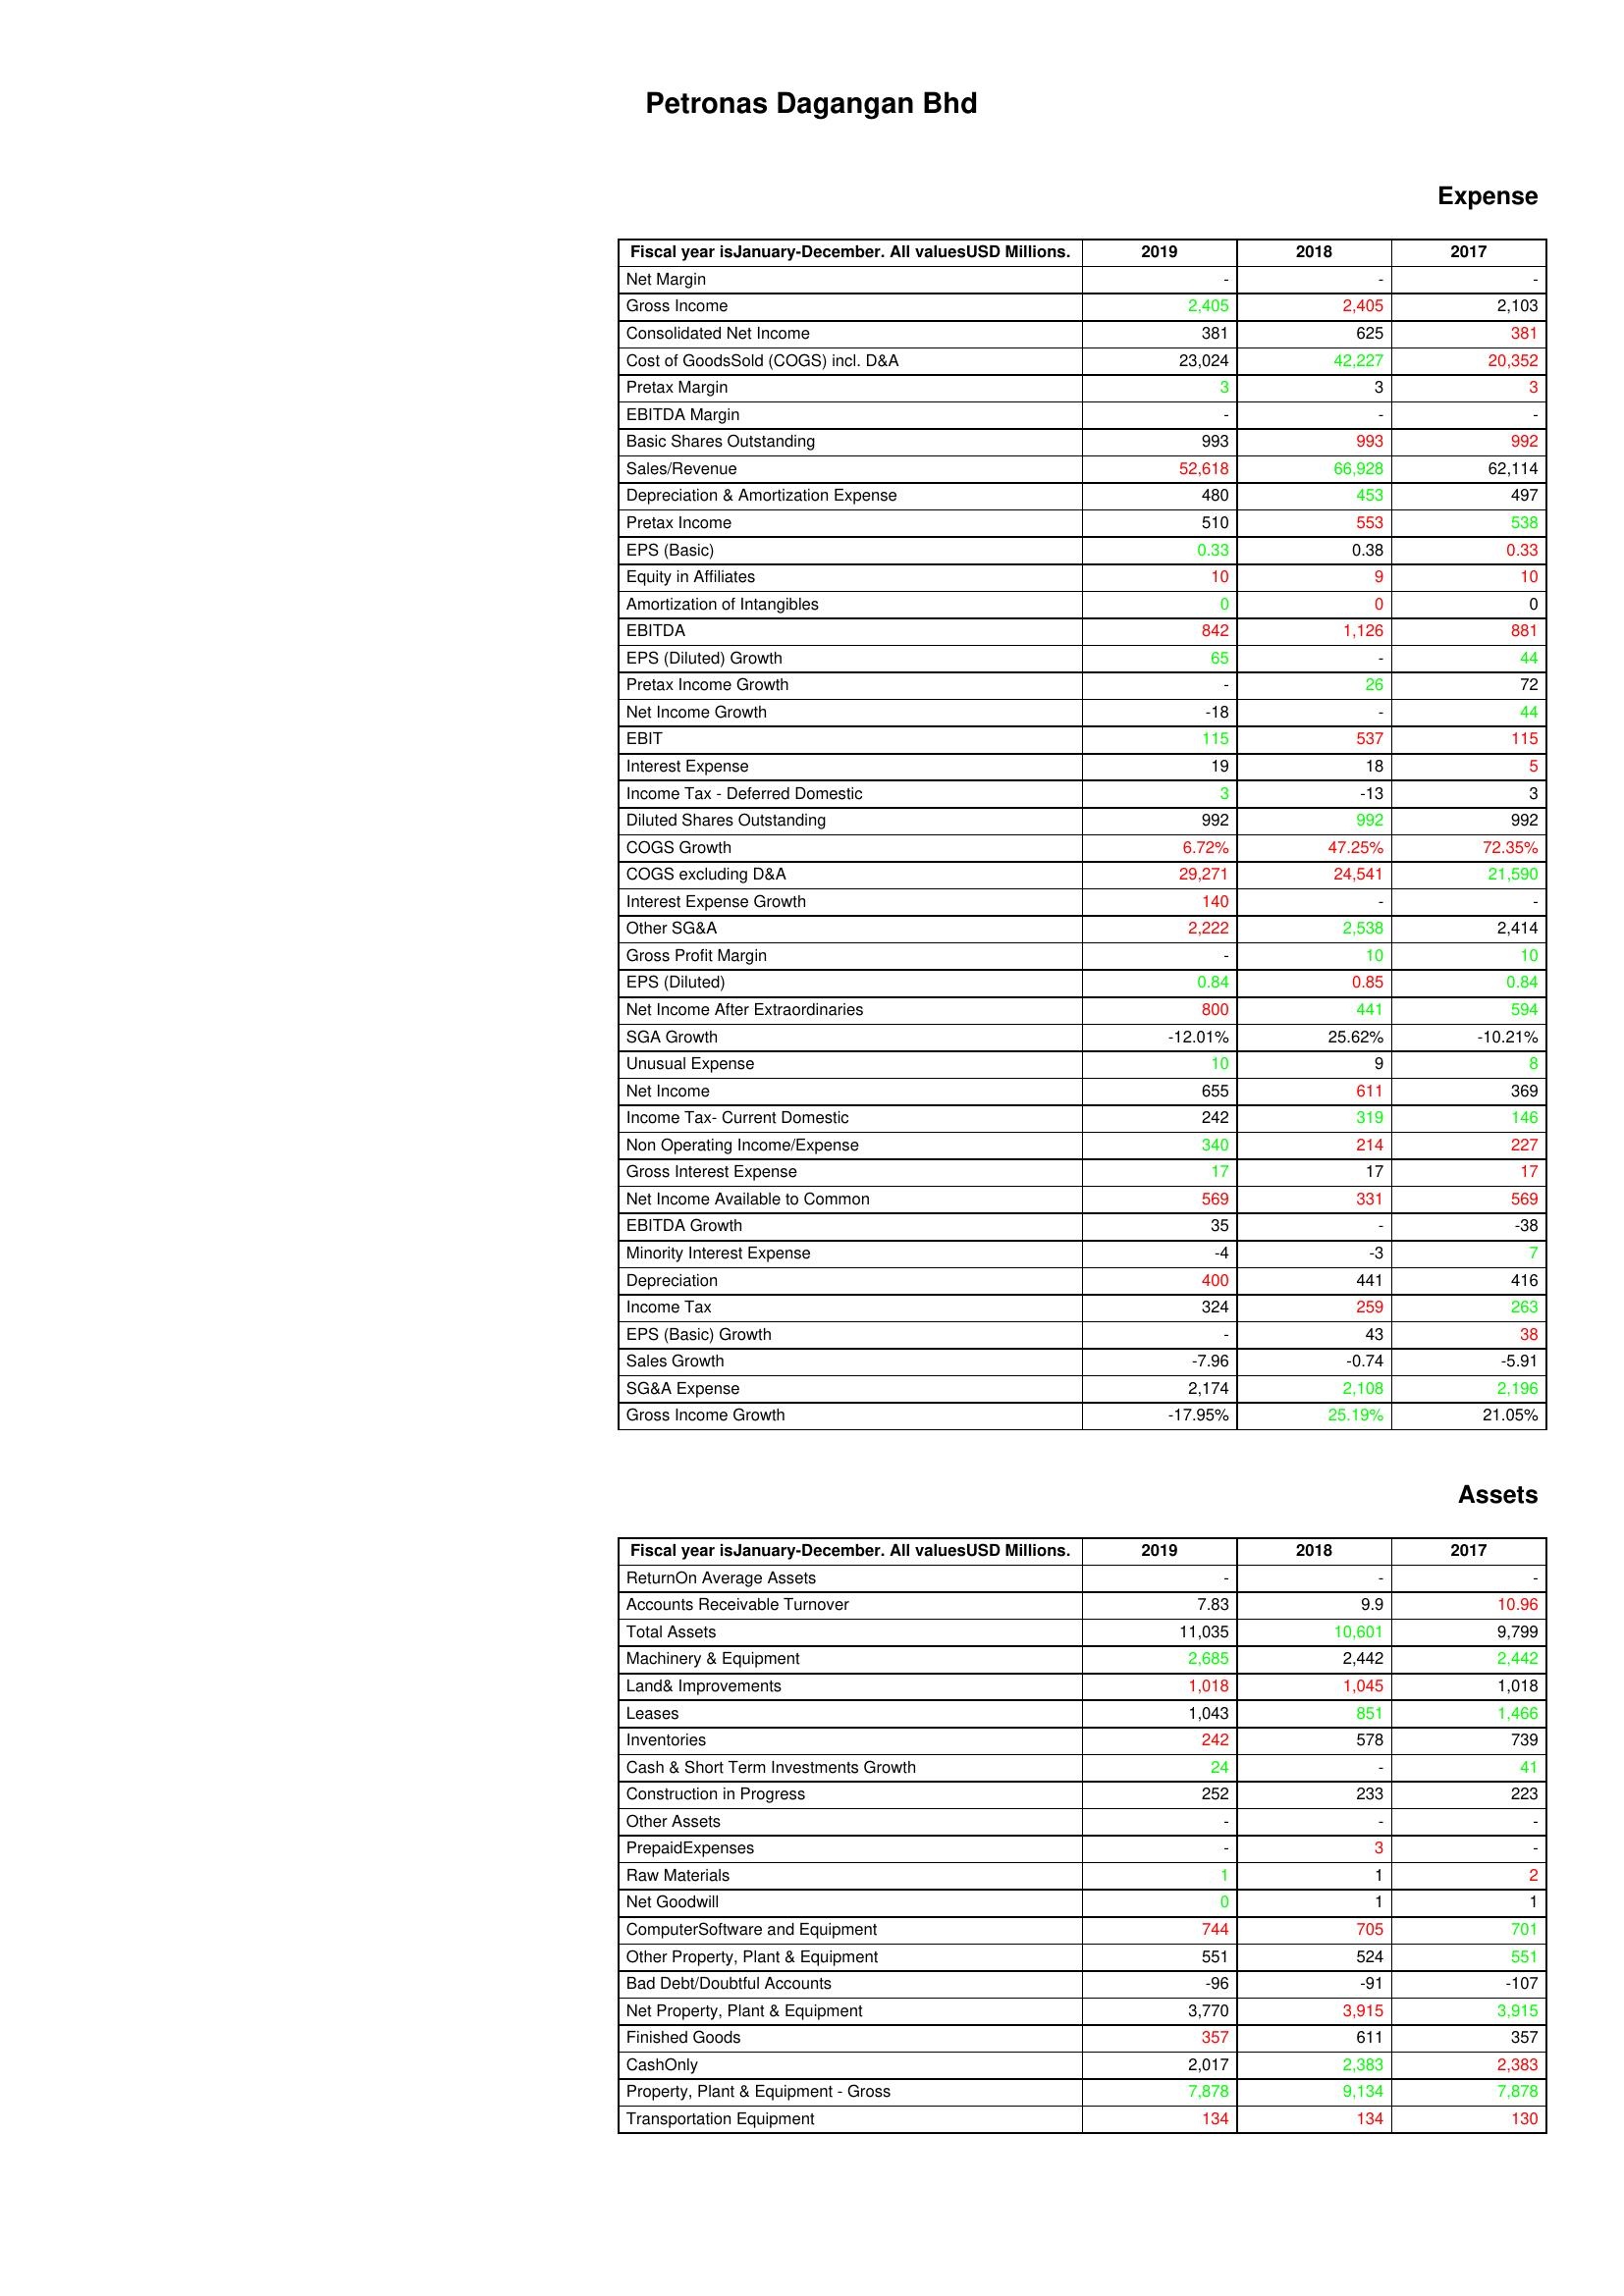
gt_parse: 2019: Expense: Net Margin: -
Gross Income: 2,405
Consolidated Net Income: 381
Cost of GoodsSold (COGS) incl. D&A: 23,024
Pretax Margin: 3
EBITDA Margin: -
Basic Shares Outstanding: 993
Sales/Revenue: 52,618
Depreciation & Amortization Expense: 480
Pretax Income: 510
EPS (Basic): 0.33
Equity in Affiliates: 10
Amortization of Intangibles: 0
EBITDA: 842
EPS (Diluted) Growth: 65
Pretax Income Growth: -
Net Income Growth: -18
EBIT: 115
Interest Expense: 19
Income Tax - Deferred Domestic: 3
Diluted Shares Outstanding: 992
COGS Growth: 6.72%
COGS excluding D&A: 29,271
Interest Expense Growth: 140
Other SG&A: 2,222
Gross Profit Margin: -
EPS (Diluted): 0.84
Net Income After Extraordinaries: 800
SGA Growth: -12.01%
Unusual Expense: 10
Net Income: 655
Income Tax- Current Domestic: 242
Non Operating Income/Expense: 340
Gross Interest Expense: 17
Net Income Available to Common: 569
EBITDA Growth: 35
Minority Interest Expense: -4
Depreciation: 400
Income Tax: 324
EPS (Basic) Growth: -
Sales Growth: -7.96
SG&A Expense: 2,174
Gross Income Growth: -17.95%
Assets: ReturnOn Average Assets: -
Accounts Receivable Turnover: 7.83
Total Assets: 11,035
Machinery & Equipment: 2,685
Land& Improvements: 1,018
Leases: 1,043
Inventories: 242
Cash & Short Term Investments Growth: 24
Construction in Progress: 252
Other Assets: -
PrepaidExpenses: -
Raw Materials: 1
Net Goodwill: 0
ComputerSoftware and Equipment: 744
Other Property, Plant & Equipment: 551
Bad Debt/Doubtful Accounts: -96
Net Property, Plant & Equipment: 3,770
Finished Goods: 357
CashOnly: 2,017
Property, Plant & Equipment - Gross : 7,878
Transportation Equipment: 134
2018: Expense: Net Margin: -
Gross Income: 2,405
Consolidated Net Income: 625
Cost of GoodsSold (COGS) incl. D&A: 42,227
Pretax Margin: 3
EBITDA Margin: -
Basic Shares Outstanding: 993
Sales/Revenue: 66,928
Depreciation & Amortization Expense: 453
Pretax Income: 553
EPS (Basic): 0.38
Equity in Affiliates: 9
Amortization of Intangibles: 0
EBITDA: 1,126
EPS (Diluted) Growth: -
Pretax Income Growth: 26
Net Income Growth: -
EBIT: 537
Interest Expense: 18
Income Tax - Deferred Domestic: -13
Diluted Shares Outstanding: 992
COGS Growth: 47.25%
COGS excluding D&A: 24,541
Interest Expense Growth: -
Other SG&A: 2,538
Gross Profit Margin: 10
EPS (Diluted): 0.85
Net Income After Extraordinaries: 441
SGA Growth: 25.62%
Unusual Expense: 9
Net Income: 611
Income Tax- Current Domestic: 319
Non Operating Income/Expense: 214
Gross Interest Expense: 17
Net Income Available to Common: 331
EBITDA Growth: -
Minority Interest Expense: -3
Depreciation: 441
Income Tax: 259
EPS (Basic) Growth: 43
Sales Growth: -0.74
SG&A Expense: 2,108
Gross Income Growth: 25.19%
Assets: ReturnOn Average Assets: -
Accounts Receivable Turnover: 9.9
Total Assets: 10,601
Machinery & Equipment: 2,442
Land& Improvements: 1,045
Leases: 851
Inventories: 578
Cash & Short Term Investments Growth: -
Construction in Progress: 233
Other Assets: -
PrepaidExpenses: 3
Raw Materials: 1
Net Goodwill: 1
ComputerSoftware and Equipment: 705
Other Property, Plant & Equipment: 524
Bad Debt/Doubtful Accounts: -91
Net Property, Plant & Equipment: 3,915
Finished Goods: 611
CashOnly: 2,383
Property, Plant & Equipment - Gross : 9,134
Transportation Equipment: 134
2017: Expense: Net Margin: -
Gross Income: 2,103
Consolidated Net Income: 381
Cost of GoodsSold (COGS) incl. D&A: 20,352
Pretax Margin: 3
EBITDA Margin: -
Basic Shares Outstanding: 992
Sales/Revenue: 62,114
Depreciation & Amortization Expense: 497
Pretax Income: 538
EPS (Basic): 0.33
Equity in Affiliates: 10
Amortization of Intangibles: 0
EBITDA: 881
EPS (Diluted) Growth: 44
Pretax Income Growth: 72
Net Income Growth: 44
EBIT: 115
Interest Expense: 5
Income Tax - Deferred Domestic: 3
Diluted Shares Outstanding: 992
COGS Growth: 72.35%
COGS excluding D&A: 21,590
Interest Expense Growth: -
Other SG&A: 2,414
Gross Profit Margin: 10
EPS (Diluted): 0.84
Net Income After Extraordinaries: 594
SGA Growth: -10.21%
Unusual Expense: 8
Net Income: 369
Income Tax- Current Domestic: 146
Non Operating Income/Expense: 227
Gross Interest Expense: 17
Net Income Available to Common: 569
EBITDA Growth: -38
Minority Interest Expense: 7
Depreciation: 416
Income Tax: 263
EPS (Basic) Growth: 38
Sales Growth: -5.91
SG&A Expense: 2,196
Gross Income Growth: 21.05%
Assets: ReturnOn Average Assets: -
Accounts Receivable Turnover: 10.96
Total Assets: 9,799
Machinery & Equipment: 2,442
Land& Improvements: 1,018
Leases: 1,466
Inventories: 739
Cash & Short Term Investments Growth: 41
Construction in Progress: 223
Other Assets: -
PrepaidExpenses: -
Raw Materials: 2
Net Goodwill: 1
ComputerSoftware and Equipment: 701
Other Property, Plant & Equipment: 551
Bad Debt/Doubtful Accounts: -107
Net Property, Plant & Equipment: 3,915
Finished Goods: 357
CashOnly: 2,383
Property, Plant & Equipment - Gross : 7,878
Transportation Equipment: 130